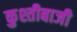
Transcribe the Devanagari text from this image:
कुश्तीबाजी